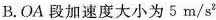
B.OA段加速度大小为5m/s^{2}